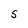
Character: S